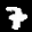
Label: 7